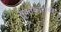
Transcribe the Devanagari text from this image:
सूक्तकारांची